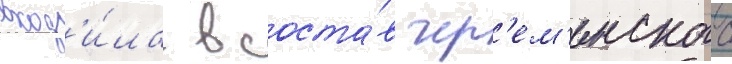
вход'и́ла в соста́в чер'ем'енского